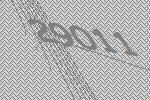
29011